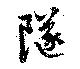
隧